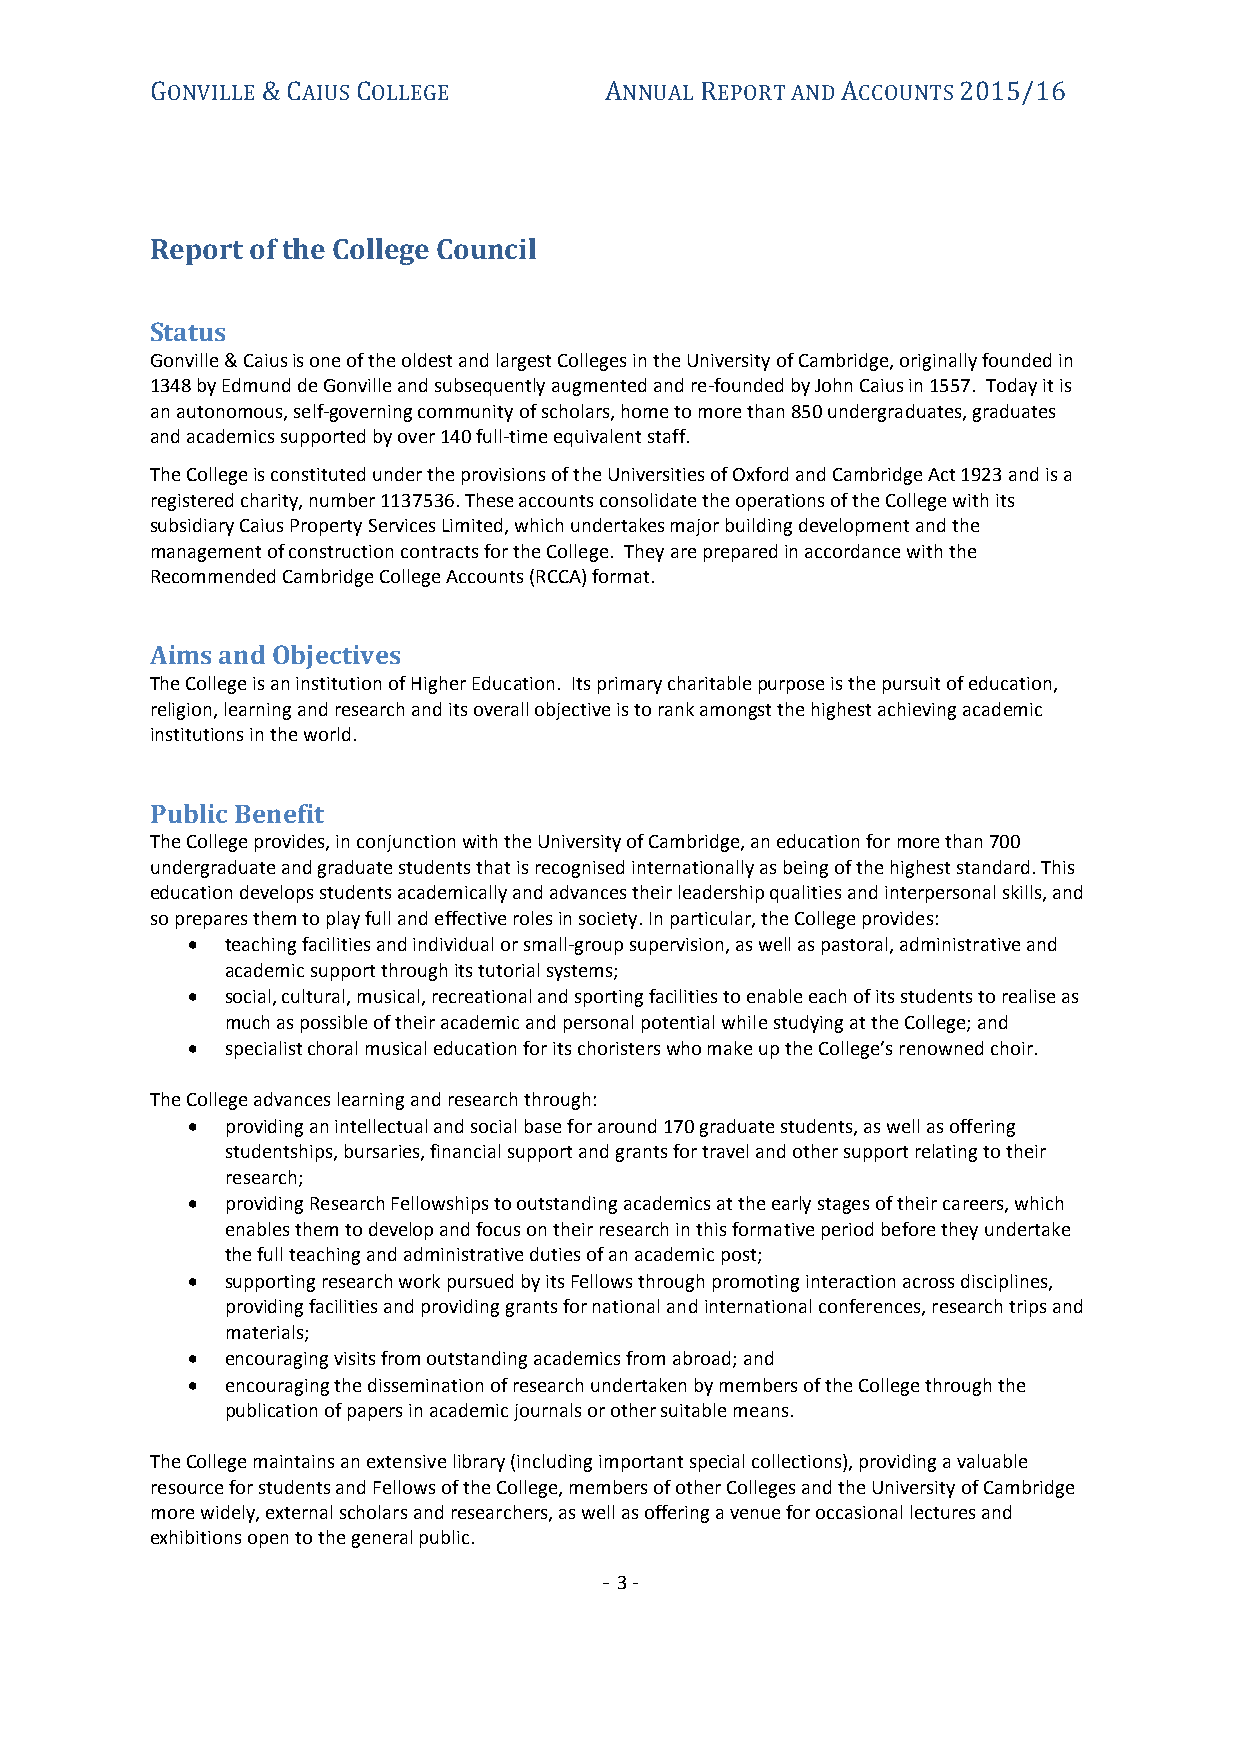
GONVILLE & CAIUS COLLEGE      ANNUAL REPORT AND ACCOUNTS 2015/16
 Report of the College Council
 Status
 Gonville & Caius is one of the oldest and largest Colleges in the University of Cambridge, originally founded in
 1348 by Edmund de Gonville and subsequently augmented and re-founded by John Caius in 1557. Today it is
 an autonomous, self-governing community of scholars, home to more than 850 undergraduates, graduates
 and academics supported by over 140 full-time equivalent staff.
 The College is constituted under the provisions of the Universities of Oxford and Cambridge Act 1923 and is a
 registered charity, number 1137536. These accounts consolidate the operations of the College with its
 subsidiary Caius Property Services Limited, which undertakes major building development and the
 management of construction contracts for the College. They are prepared in accordance with the
 Recommended Cambridge College Accounts (RCCA) format.
 Aims and Objectives
 The College is an institution of Higher Education. Its primary charitable purpose is the pursuit of education,
 religion, learning and research and its overall objective is to rank amongst the highest achieving academic
 institutions in the world.
 Public Benefit
 The College provides, in conjunction with the University of Cambridge, an education for more than 700
 undergraduate and graduate students that is recognised internationally as being of the highest standard. This
 education develops students academically and advances their leadership qualities and interpersonal skills, and
 so prepares them to play full and effective roles in society. In particular, the College provides:
   teaching facilities and individual or small-group supervision, as well as pastoral, administrative and
 academic support through its tutorial systems;
   social, cultural, musical, recreational and sporting facilities to enable each of its students to realise as
 much as possible of their academic and personal potential while studying at the College; and
   specialist choral musical education for its choristers who make up the College’s renowned choir.
 The College advances learning and research through:
   providing an intellectual and social base for around 170 graduate students, as well as offering
 studentships, bursaries, financial support and grants for travel and other support relating to their
 research;
   providing Research Fellowships to outstanding academics at the early stages of their careers, which
 enables them to develop and focus on their research in this formative period before they undertake
 the full teaching and administrative duties of an academic post;
   supporting research work pursued by its Fellows through promoting interaction across disciplines,
 providing facilities and providing grants for national and international conferences, research trips and
 materials;
   encouraging visits from outstanding academics from abroad; and
   encouraging the dissemination of research undertaken by members of the College through the
 publication of papers in academic journals or other suitable means.
 The College maintains an extensive library (including important special collections), providing a valuable
 resource for students and Fellows of the College, members of other Colleges and the University of Cambridge
 more widely, external scholars and researchers, as well as offering a venue for occasional lectures and
 exhibitions open to the general public.
 - 3 -